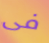
فى